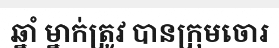
ឆ្នាំ ម្នាក់ត្រូវ បានក្រុមចោរ